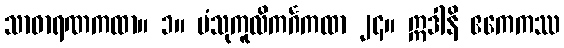
သာဓာရဏကထာ။ ၁။ ပံသုကူလိကင်္ဂကထာ ၂၄။ ဣဒါနိ ဧကေကဿ